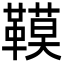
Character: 𩌧